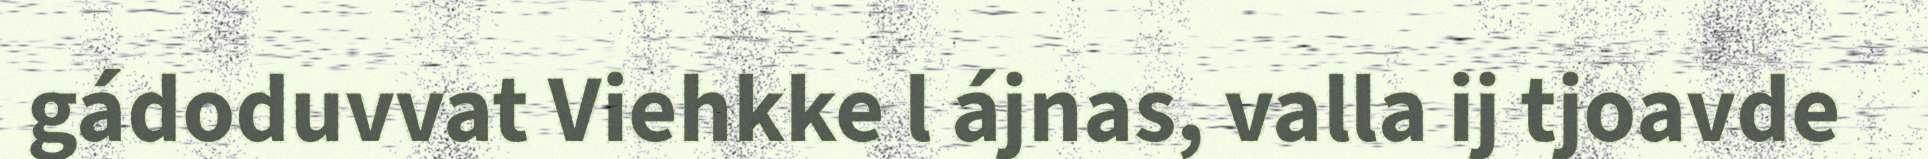
gádoduvvat Viehkke l ájnas, valla ij tjoavde